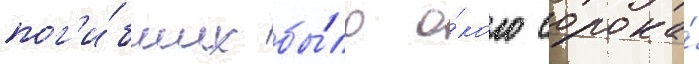
пог'и́бших бы́ло о́коло сорока́